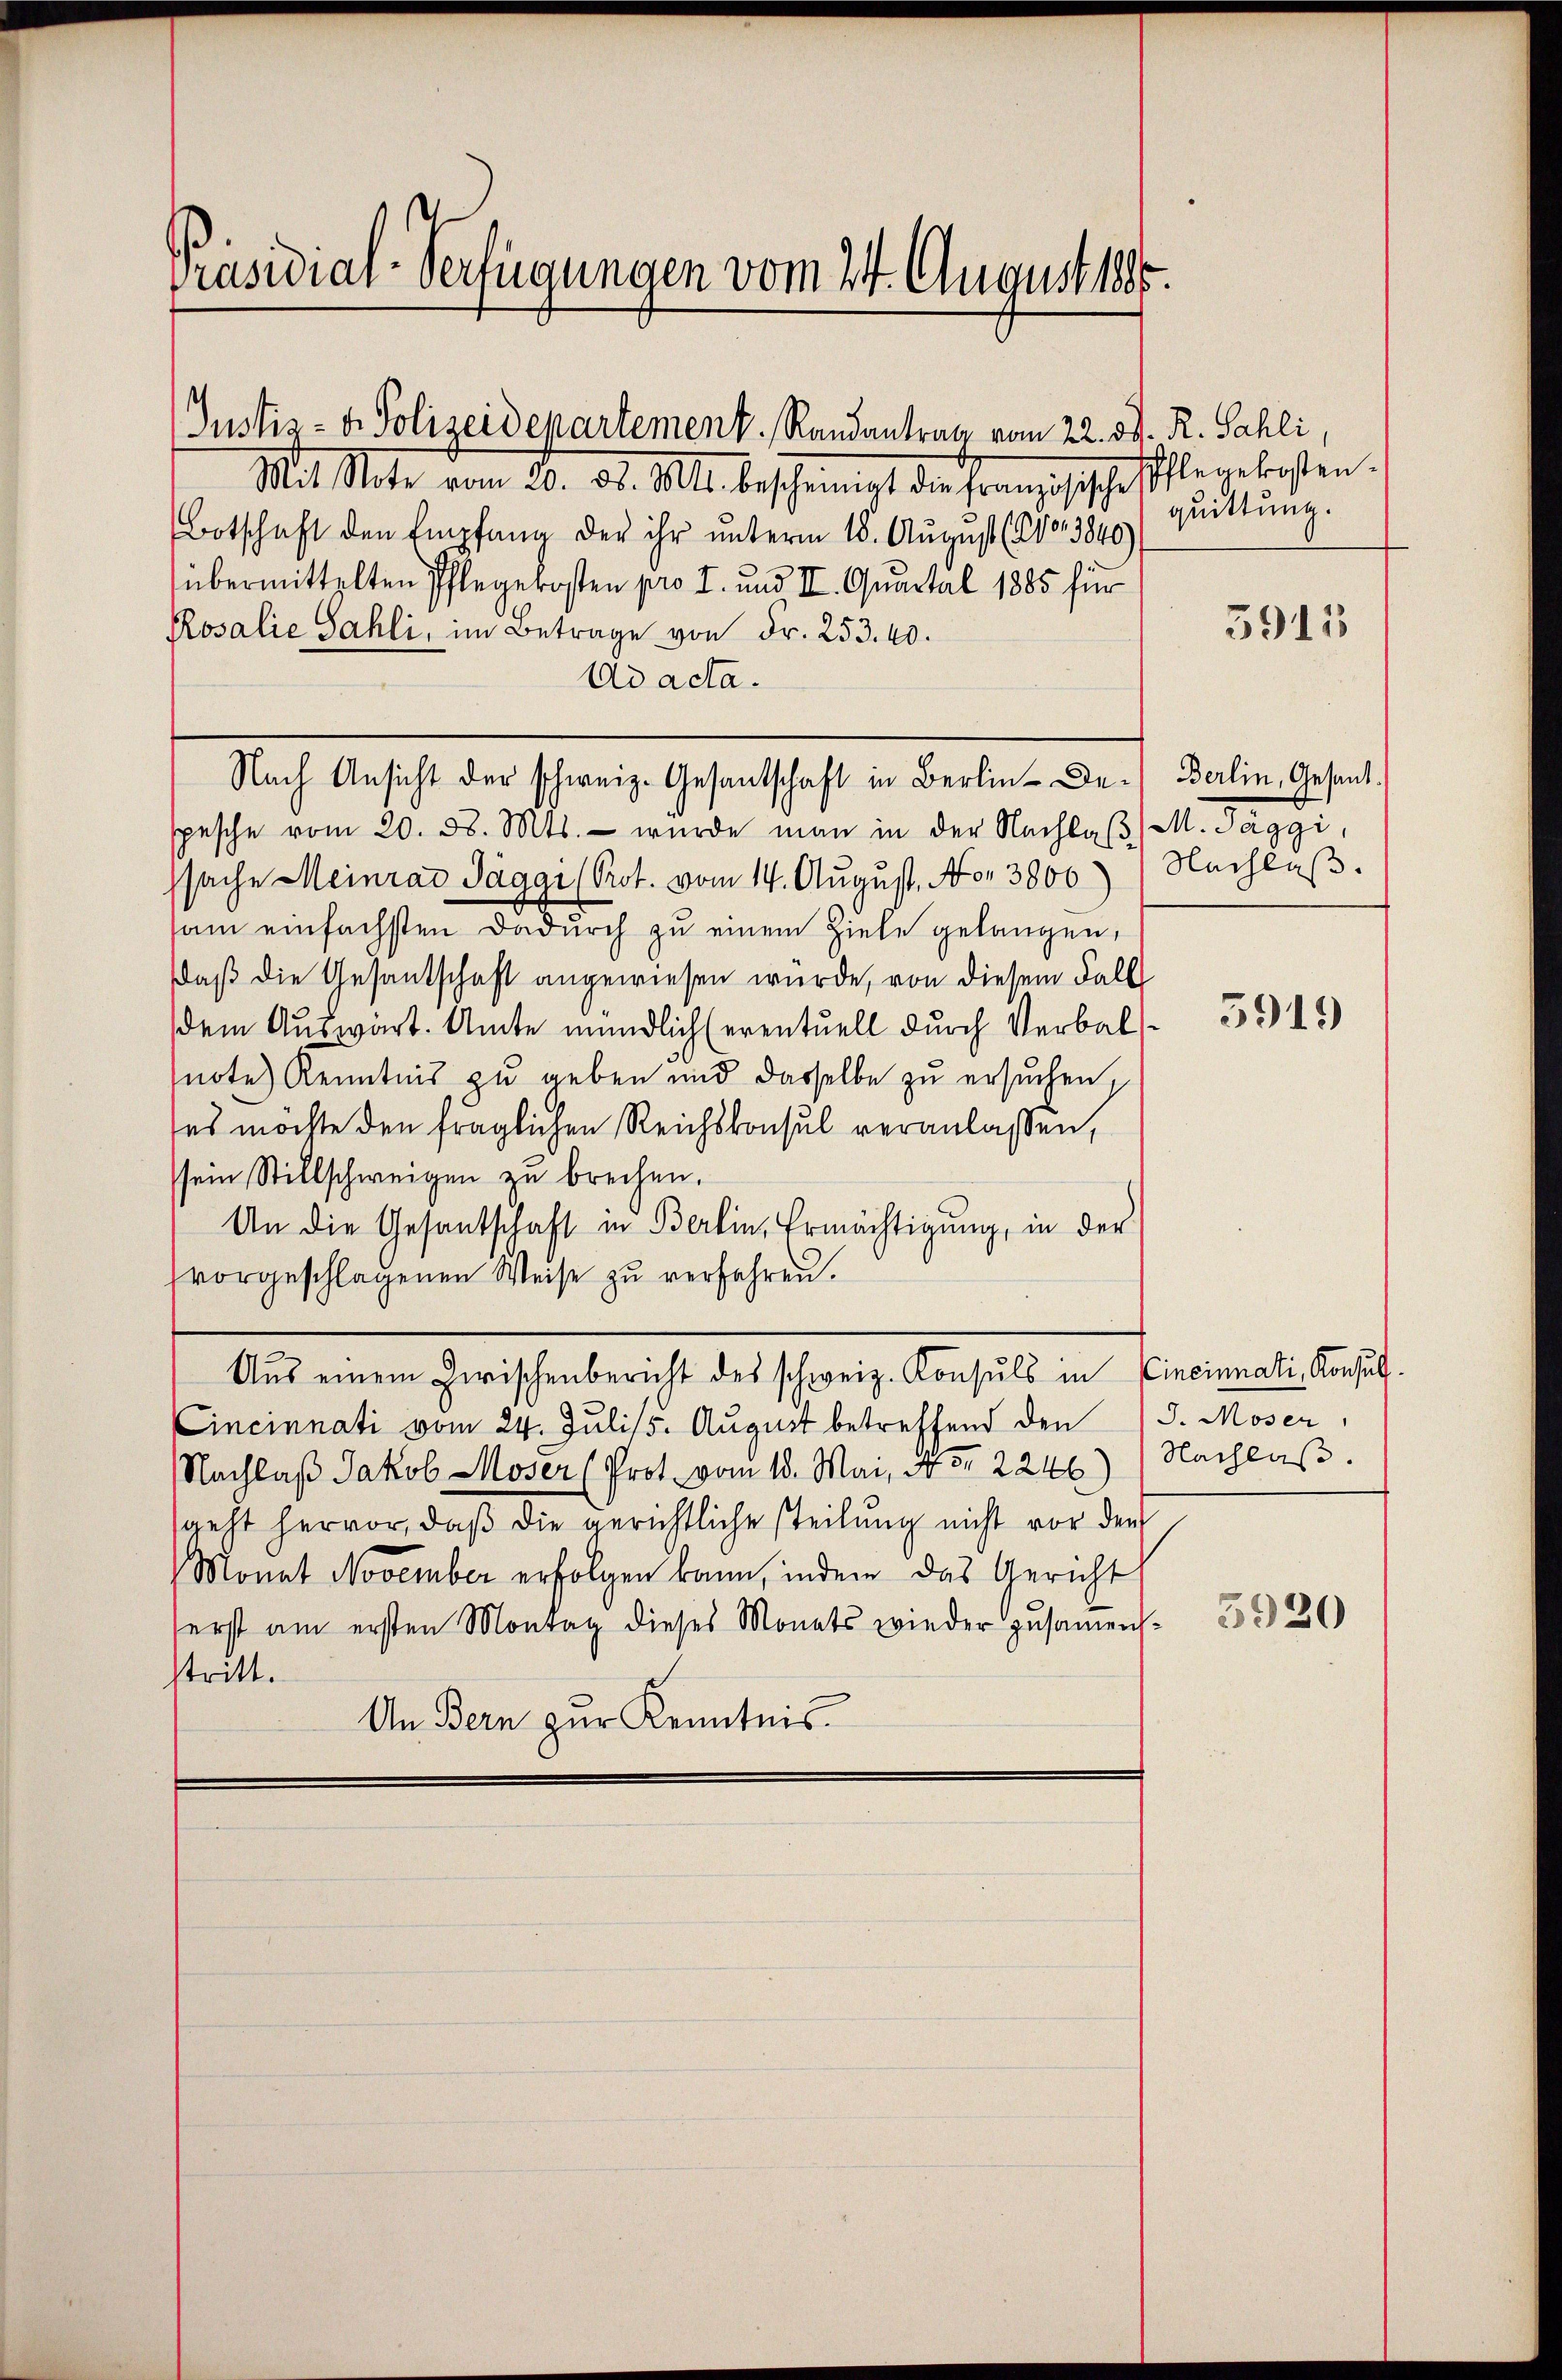
Präsidial-Verfügungen vom 24. August 1888.

Mit state vom 20. 32. 111. bescheinigt der Französische schlegekosten.
Botschaft den Empfang der ihr unterm 18. August (200. 3840)
übermittelten Pflegekosten pro I. und II. Quartal 1885 für
Rosalie Sahli, im Betrage von Fr. 253. 40.
Ad acta.
spesche vom 20. d. Mts. - wurde man in der Nachlaß M. Täggi,
ssache Meinrad Jäggi (Prot. vom 14. August, Nr. 3800) Nachlaβ.
sam einfachsten dadurch zu einem Ziele gelangen,
daß die Gesandschaft angewiesen würde, von diesem Fall
dem Auswärt. Amte mündlich (eventuell durch Verbalnote Kenntnis zu geben und dasselbe zu ersuchen,
es möchte den fraglichen Reichskonsul veranlassen,
sein Stillschweigen zu brechen.
An die Gesantschaft in Berlin, Ermächtigung, in der
vorgeschlagenen Weise zu verfahren.
Aus einem Zwischenbericht des schweiz. Konsuls in Cincinnati, Konsul
Cincinnati vom 24. Juli/5. August betreffend den (S. Moser,
Nachlaβ Jakob Moser (Prot. vom 18. Mai, Nr. 2246) Nachlaβ.
geht hervor, daß die gerichtliche steilung nicht vor den
Monat November erfolgen kann, indem das Gericht
erst am ersten Montag dieses Monats wieder zusammens-
stritt.
An Bern zur Kenntnis.

Justiz- u. Polizeidepartement. Randantrag vom 22. d. R. Sahli,

Nach Ansicht der schweiz. Gesantschaft in Berlin. Der Berlin, Gesand¬

quittung.

5911

5919)

3920